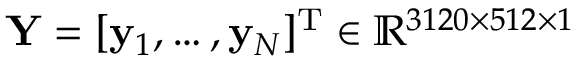
\mathbf { Y } = [ \mathbf { y } _ { 1 } , \hdots , \mathbf { y } _ { N } ] ^ { \mathrm { T } } \in \mathbb { R } ^ { 3 1 2 0 \times 5 1 2 \times 1 }